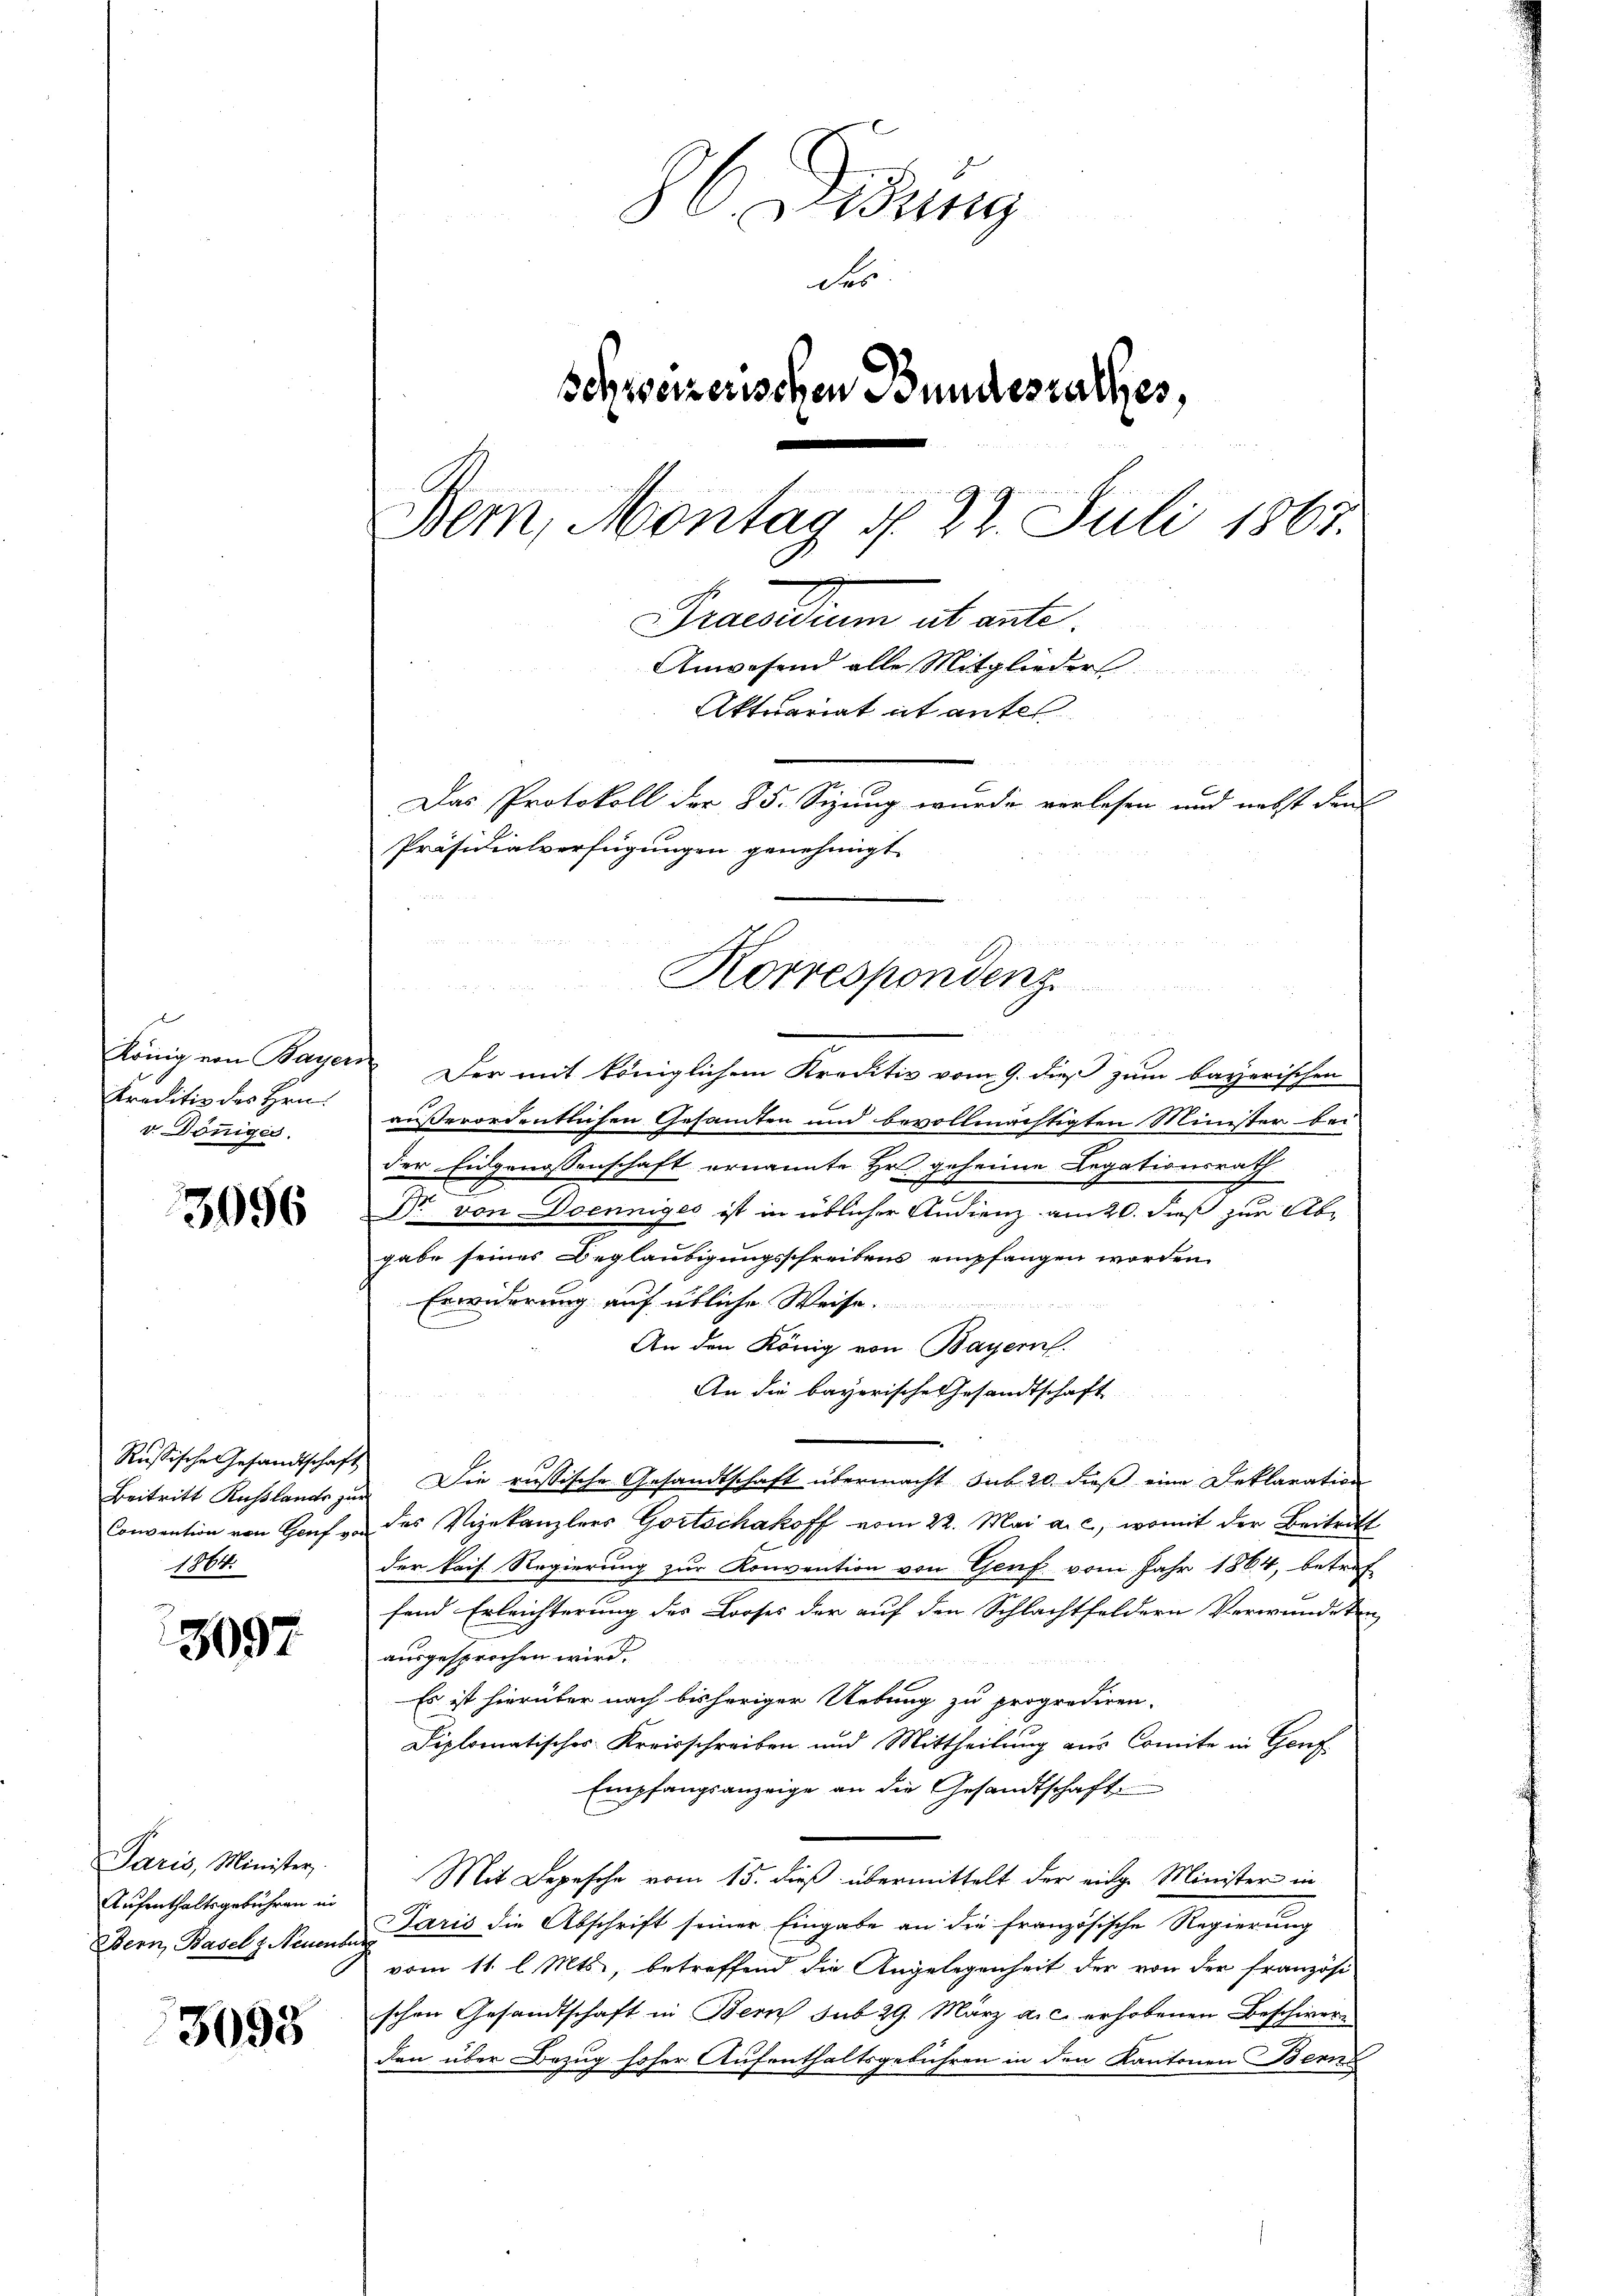
Kreditiv des Hrn.
v. Dönniges.

3096

Russische Gesandtschaft
1864.

3097

Paris, Minister
Aufenthaltsgebühren in

3093

86. Didung
des
schweizerischen Bundesrathes,
Bem, Montag d. 27. Juli 1867.
Praedium ab ante
Anwesend alle Mitglieder
Aktuariat it antes
Das Protokoll der 85. Sizung wurde verlesen und nebst den
Präsidialverfügungen genehmigt.

n

König von Bayer. Der mit königlichem Kreditiv vom 9. dieß zum Bayerischen
außerordentlichen Gesandten und bevollmächtigten Minister bei
der Eidgenossenschaft ernannte Hr. geheime Legationsrath
Dr. von Doenniges ist in üblicher Audienz am 20. dieß zur Abr
gabe seines Beglaubigungsschreibens empfangen worden.
Erwiderung auf übliche Weise.
An den König von Bayern.
An die bayerische Gesandtschaft
d
Beitritt Russlands zur Die russische Gesandtschaft übermacht sub 20. dieß eine Deklaration
Convention von Genf v. des Vizekanzlers Gortschakoff vom 22. Mai a. c., womit der Beitritt
der kais. Regierung zur Konvention von Genf vom Jahr 1864, betref
fend Erleichterung des Looses der auf den Schlachtfeldern Verwundeten
ausgesprochen wird.
Es ist hierüber nach bisheriger Uebung zu propretiren.
Diplomatisches Kreisschreiben und Mittheilung aus Comite in Genf
Empfangsanzeige an die Gesandtschaft
Mit Depesche vom 15. dieß übermittelt der eidg. Minister in
Bern, Basels Neuen Paris die Abschrift seiner Eingabe an die französische Regierŭng
vom 11. l. Mts., betreffend die Angelegenheit der von der französi
schen Gesandtschaft in Bern sub 29. März a. c. erhobenen Beschwerden über Bezug hoher Aufenthaltsgebühren in den Kantonen Berns

Korrespondenz